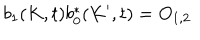
b _ { 1 } ( K , t ) b _ { 0 } ^ { \ast } ( K ^ { \prime } , t ) = O _ { 1 , 2 }